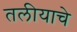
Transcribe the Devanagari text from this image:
तलीयाचे